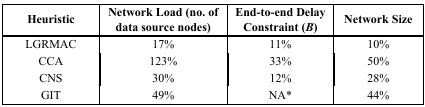
| Heuristic | Network Load (no. of data source nodes) | End-to-end Delay Constraint (B) | Network Size |
 | --- | --- | --- | --- |
 | LGRMAC | 17% | 11% | 10% |
 | CCA | 123% | 33% | 50% |
 | CNS | 30% | 12% | 28% |
 | GIT | 49% | NA* | 44% |